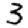
Digit: 3